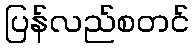
ပြန်လည်စတင်